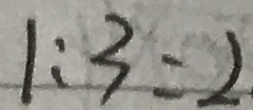
1 : 3 = 2